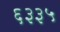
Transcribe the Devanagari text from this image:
६३३५